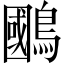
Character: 𫛐